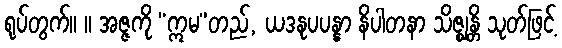
ရုပ်တွက်။ ။ အဇ္ဇကို “ဣမ”တည်, ယဒနုပပန္နာ နိပါတနာ သိဇ္ဈန္တိ သုတ်ဖြင့်